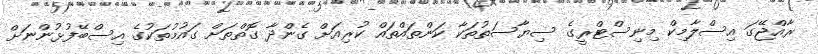
ރާއްޖޭގަ އިސްލާމިކް މިނިސްޓްރީގެ ސިޔާސަތުތަކާ ކަންތައްތައް ކުރިއަށް ގެންދާ ގޮތްތަށް ގައުމުތަކުގެ އިސްބޭފުޅުންނަށް